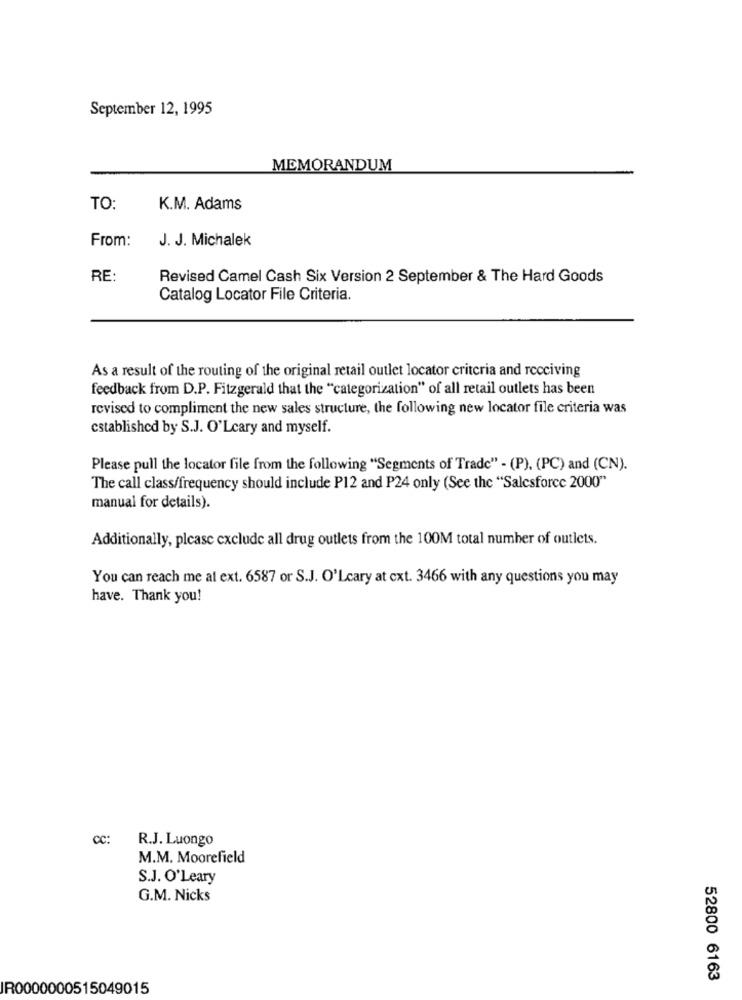
September 12, 1995
MEMORANDUM
TO:
K.M. Adams
From:
J. J. Michalek
RE:
Revised Camel Cash Six Version 2 September & The Hard Goods
Catalog Locator File Criteria.
As a result of the routing of the original retail outlet locator criteria and receiving
feedback from D.P. Fitzgerald that the "categorization" of all retail outlets has been
revised to compliment the new sales structure, the following new locator file criteria was
established by S.J. O'Leary and myself.
Please pull the locator file from the following "Segments of Trade" - (P), (PC) and (CN).
The call class/frequency should include P12 and P24 only (See the "Salesforce 2000"
manual for details).
Additionally, please exclude all drug outlets from the 100M total number of outlets.
You can reach me at ext. 6587 or S.J. O'Leary at cxt. 3466 with any questions you may
have. Thank you!
CC:
R.J. Luongo
M.M. Moorefield
S.J. O'Leary
G.M. Nicks
52800 6163
IR0000000515049015